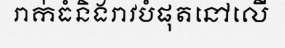
រាក់ធំនិងរាវបំផុតនៅលើ